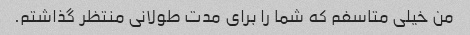
من خیلی متاسفم که شما را برای مدت طولانی منتظر گذاشتم.